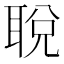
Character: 𬚜